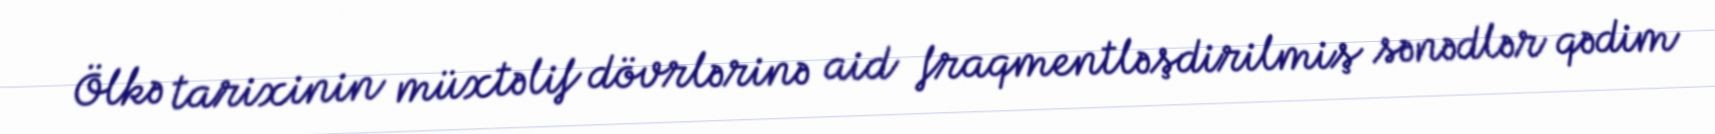
Ölkə tarixinin müxtəlif dövrlərinə aid fraqmentləşdirilmiş sənədlər qədim